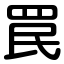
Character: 罠